Trukikaitis_Postimees, lk 53
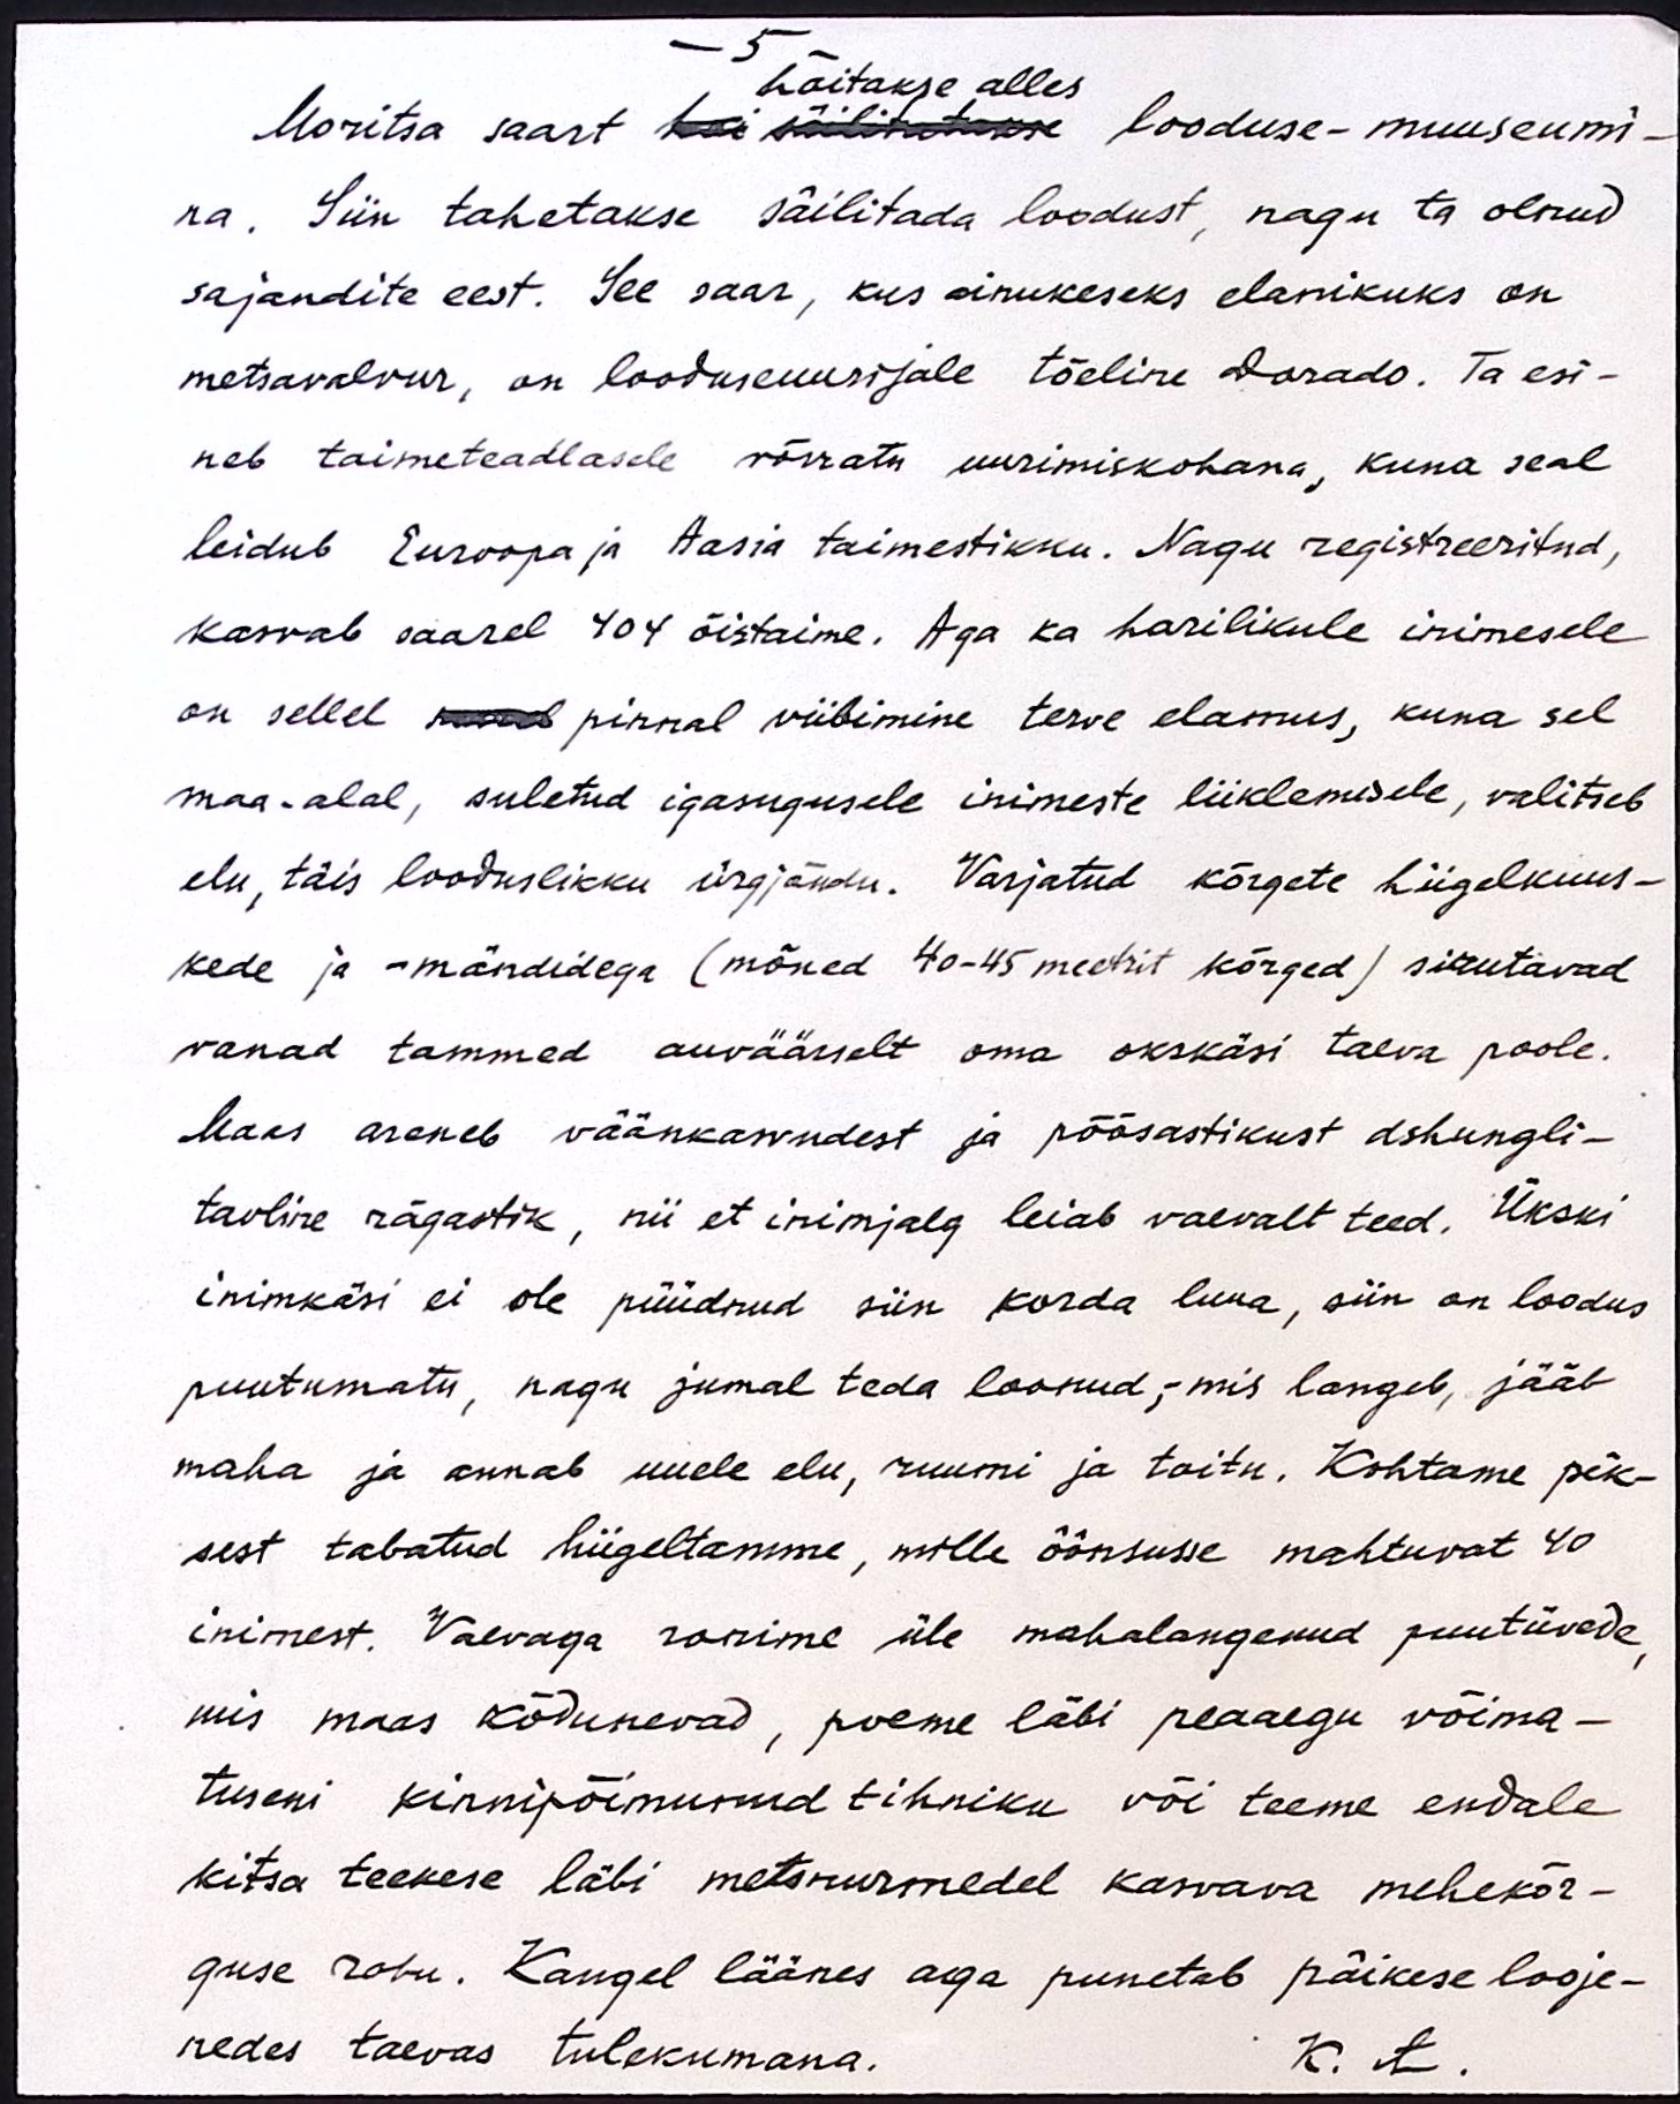
- 5 -
hoitakse alles
Moritsa saart hoi säilitatakse looduse-muuseumi-
na. Siin tahetakse säilitada loodust, nagu ta olnud
sajandite eest. See saar, kus ainukeseks elanikuks on
metsavalvur, on looduseuurijale tõeline Dorado. Ta esi-
neb taimeteadlasele võrratu uurimiskohana, kuna seal
leidub Euroopa ja Aasia taimestikku. Nagu registreeritud,
kasvab saarel 404 õistaime. Aga ka harilikule inimesele
on sellel saarel pinnal viibimine terve elamus, kuna sel
maa-alal, suletud igasugusele inimeste liiklemisele, valitseb
elu, täis looduslikku ürgjõudu. Varjatud kõrgete hiigelkuus-
kede ja -mändidega (mõned 40-45 meetrit kõrged) sirutavad
vanad tammed auväärselt oma okskäsi taeva poole.
Maas areneb väänkasvudest ja põõsastikust dshungli-
taoline rägastik, nii et inimjalg leiab vaevalt teed. Ükski
inimkäsi ei ole püüdnud siin korda luua, siin on loodus
puutumatu, nagu jumal teda loonud, - mis langeb, jääb
maha ja annab uuele elu, ruumi ja toitu. Kohtame pik-
sest tabatud hiigeltamme, mille õõnsusse mahtuvat 40
inimest. Vaevaga ronime üle mahalangenud puutüvede,
mis maas kõdunevad, poeme läbi peaaegu võima-
tuseni kinnipõimunud tihniku või teeme endale
kitsa teekese läbi metsnurmedel kasvava mehekõr-
guse rohu. Kaugel läänes aga punetab päikese looje-
nedes taevas tulekumana.
K. A.